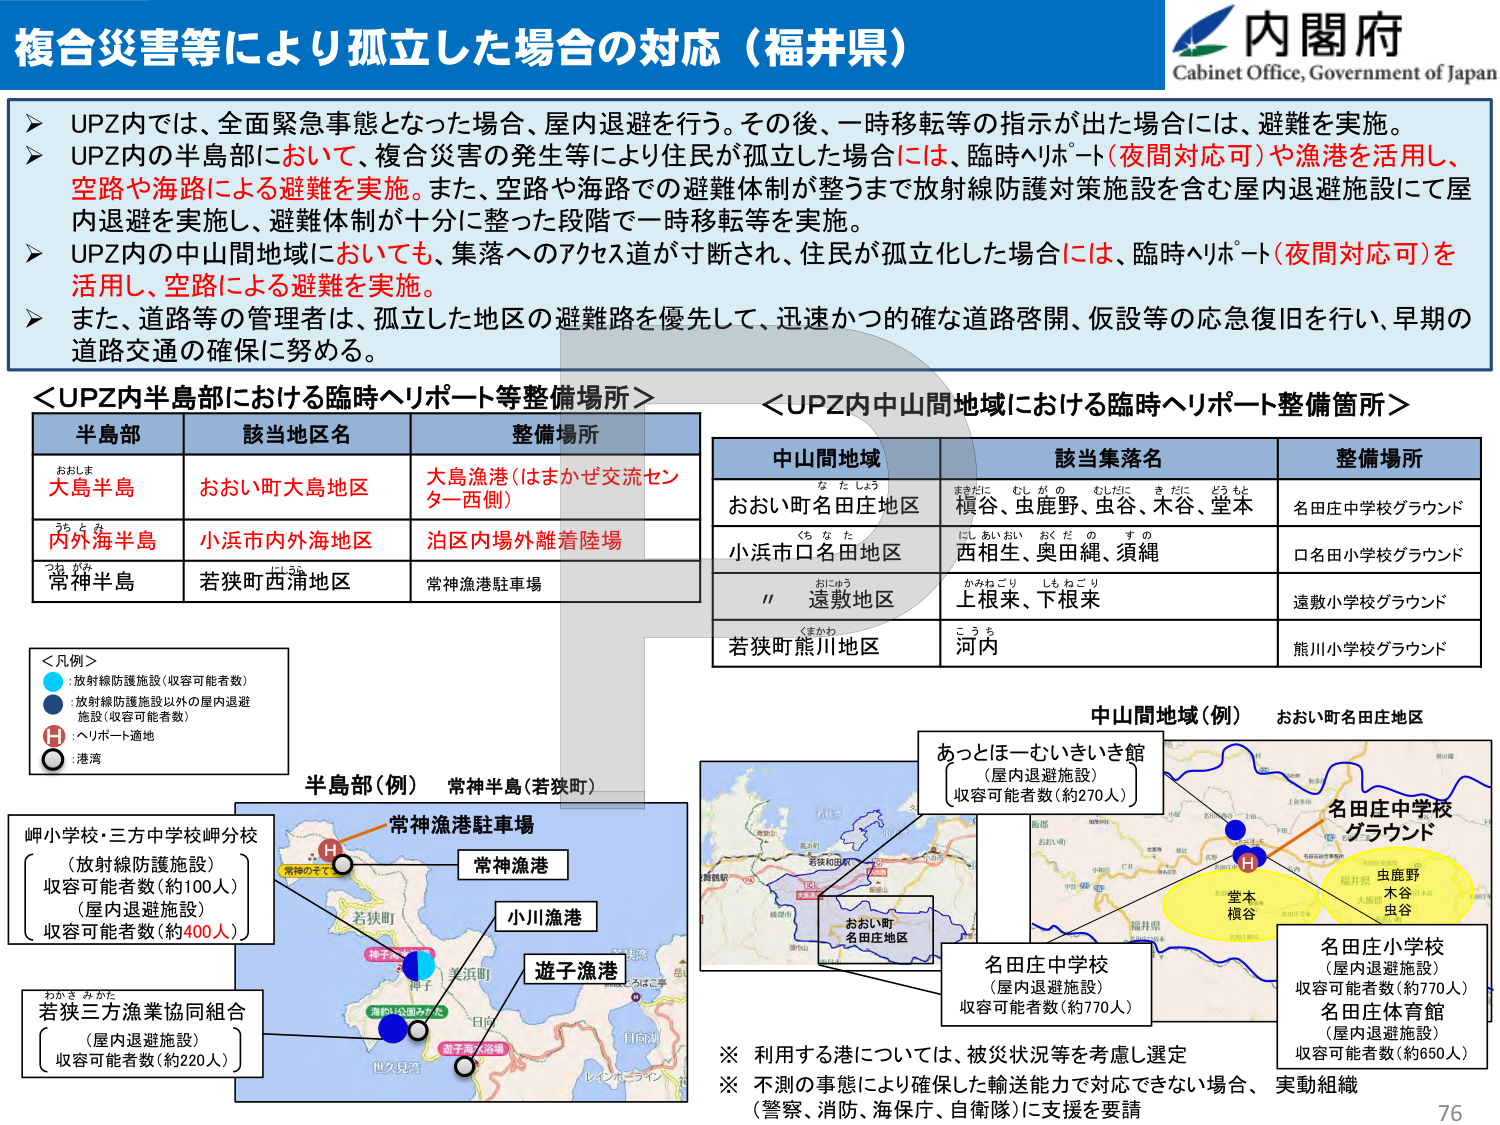
複合災害等により孤立した場合の対応（福井県）
内閣府
Cabinet Office, Government of Japan

➤ UPZ内では、全面緊急事態となった場合、屋内退避を行う。その後、一時移転等の指示が出た場合には、避難を実施。
➤ UPZ内の半島部において、複合災害の発生等により住民が孤立した場合には、臨時ヘリポート（夜間対応可）や漁港を活用し、空路や海路による避難を実施。また、空路や海路での避難体制が整うまで放射線防護対策施設を含む屋内退避施設にて屋内退避を実施し、避難体制が十分に整った段階で一時移転等を実施。
➤ UPZ内の中山間地域においても、集落へのアクセス道が寸断され、住民が孤立化した場合には、臨時ヘリポート（夜間対応可）を活用し、空路による避難を実施。
➤ また、道路等の管理者は、孤立した地区の避難路を優先して、迅速かつ的確な道路啓開、仮設等の応急復旧を行い、早期の道路交通の確保に努める。

＜UPZ内半島部における臨時ヘリポート等整備場所＞
半島部　　該当地区名　　整備場所
おおしま　大島半島　　おおい町大島地区　　大島漁港（はまかぜ交流センター西側）
うちとみ　内外国半島　　小浜市内外海地区　　泊区内海外離着陸場
つねがみ　常神半島　　若狭町西浦地区　　常神漁港駐車場

＜UPZ内中山間地域における臨時ヘリポート整備箇所＞
中山間地域　　該当集落名　　整備場所
なたしょう　おおい町名田庄地区　　まきだに、むしがの、むしだに、きだに、どうもと　　名田庄中学校グラウンド
ちなた　小浜市口名田地区　　にしあいおい、おくだの、すの　　口名田小学校グラウンド
〃　　おにゆう　遠敷地区　　かみねごり、しもねごり　　遠敷小学校グラウンド
くまかわ　若狭町熊川地区　　こうち　河内　　熊川小学校グラウンド

＜凡例＞
●：放射線防護施設（収容可能者数）
●：放射線防護施設以外の屋内退避施設（収容可能者数）
H：ヘリポート適地
○：港湾

半島部（例）　常神半島（若狭町）
常神漁港駐車場
常神漁港
小川漁港
遊子漁港
岬小学校・三方中学校岬分校
（放射線防護施設）
収容可能者数（約100人）
（屋内退避施設）
収容可能者数（約400人）
わかさみがた　若狭三方漁業協同組合
（屋内退避施設）
収容可能者数（約220人）

中山間地域（例）　おおい町名田庄地区
あっとほーむいきいき館
（屋内退避施設）
収容可能者数（約270人）
名田庄中学校
（屋内退避施設）
収容可能者数（約770人）
名田庄小学校
（屋内退避施設）
収容可能者数（約770人）
名田庄体育館
（屋内退避施設）
収容可能者数（約650人）
堂本、槇谷、虫谷、木谷、虫野

※ 利用する港については、被災状況等を考慮し選定
※ 不測の事態により確保した輸送能力で対応できない場合、実動組織（警察、消防、海保、自衛隊）に支援を要請

76